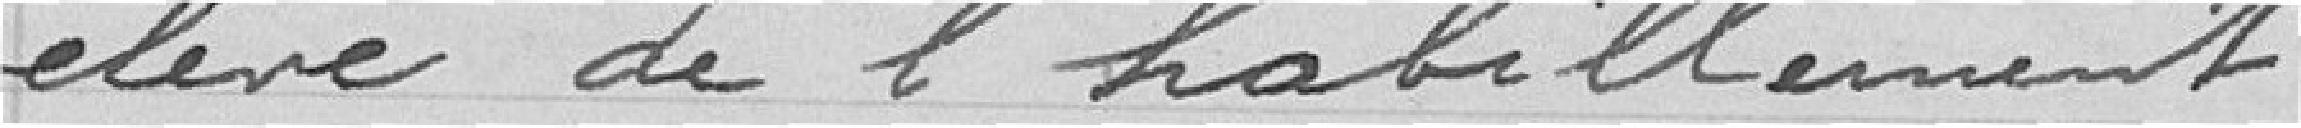
élevé de l'habilement.